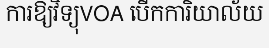
ការឱ្យវិទ្យុVOA បើកការិយាល័យ